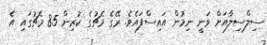
ސިލްސިލާއަށް ވަނީ ނިމުން އައިސްފައެވެ. ރޭގެ މެޗުގެ ކުރިން 85 މެޗުގައި އެ